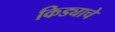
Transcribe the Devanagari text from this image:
किड्याचे